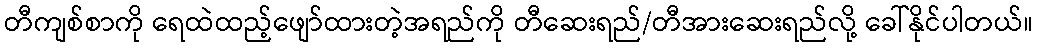
တီကျစ်စာကို ရေထဲထည့်ဖျော်ထားတဲ့အရည်ကို တီဆေးရည်/တီအားဆေးရည်လို့ ခေါ်နိုင်ပါတယ်။